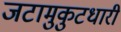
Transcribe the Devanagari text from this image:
जटामुकुटधारी